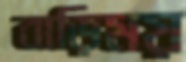
বাড়িময়